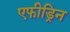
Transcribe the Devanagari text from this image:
एफीड्रिन